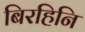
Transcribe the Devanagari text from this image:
बिरहिनि